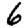
Digit: 6